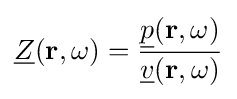
{{\underline {Z}}(\mathbf {r} ,\omega )={\frac {{\underline {p}}(\mathbf {r} ,\omega )}{{\underline {v}}(\mathbf {r} ,\omega )}}}